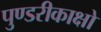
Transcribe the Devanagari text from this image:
पुण्डरीकाक्षो